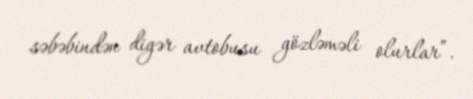
səbəbindən digər avtobusu gözləməli olurlar”.